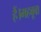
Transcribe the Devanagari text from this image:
हैं।महबूबा